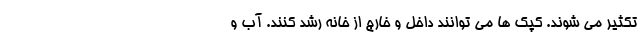
تکثیر می شوند. کپک ها می توانند داخل و خارج از خانه رشد کنند. آب و